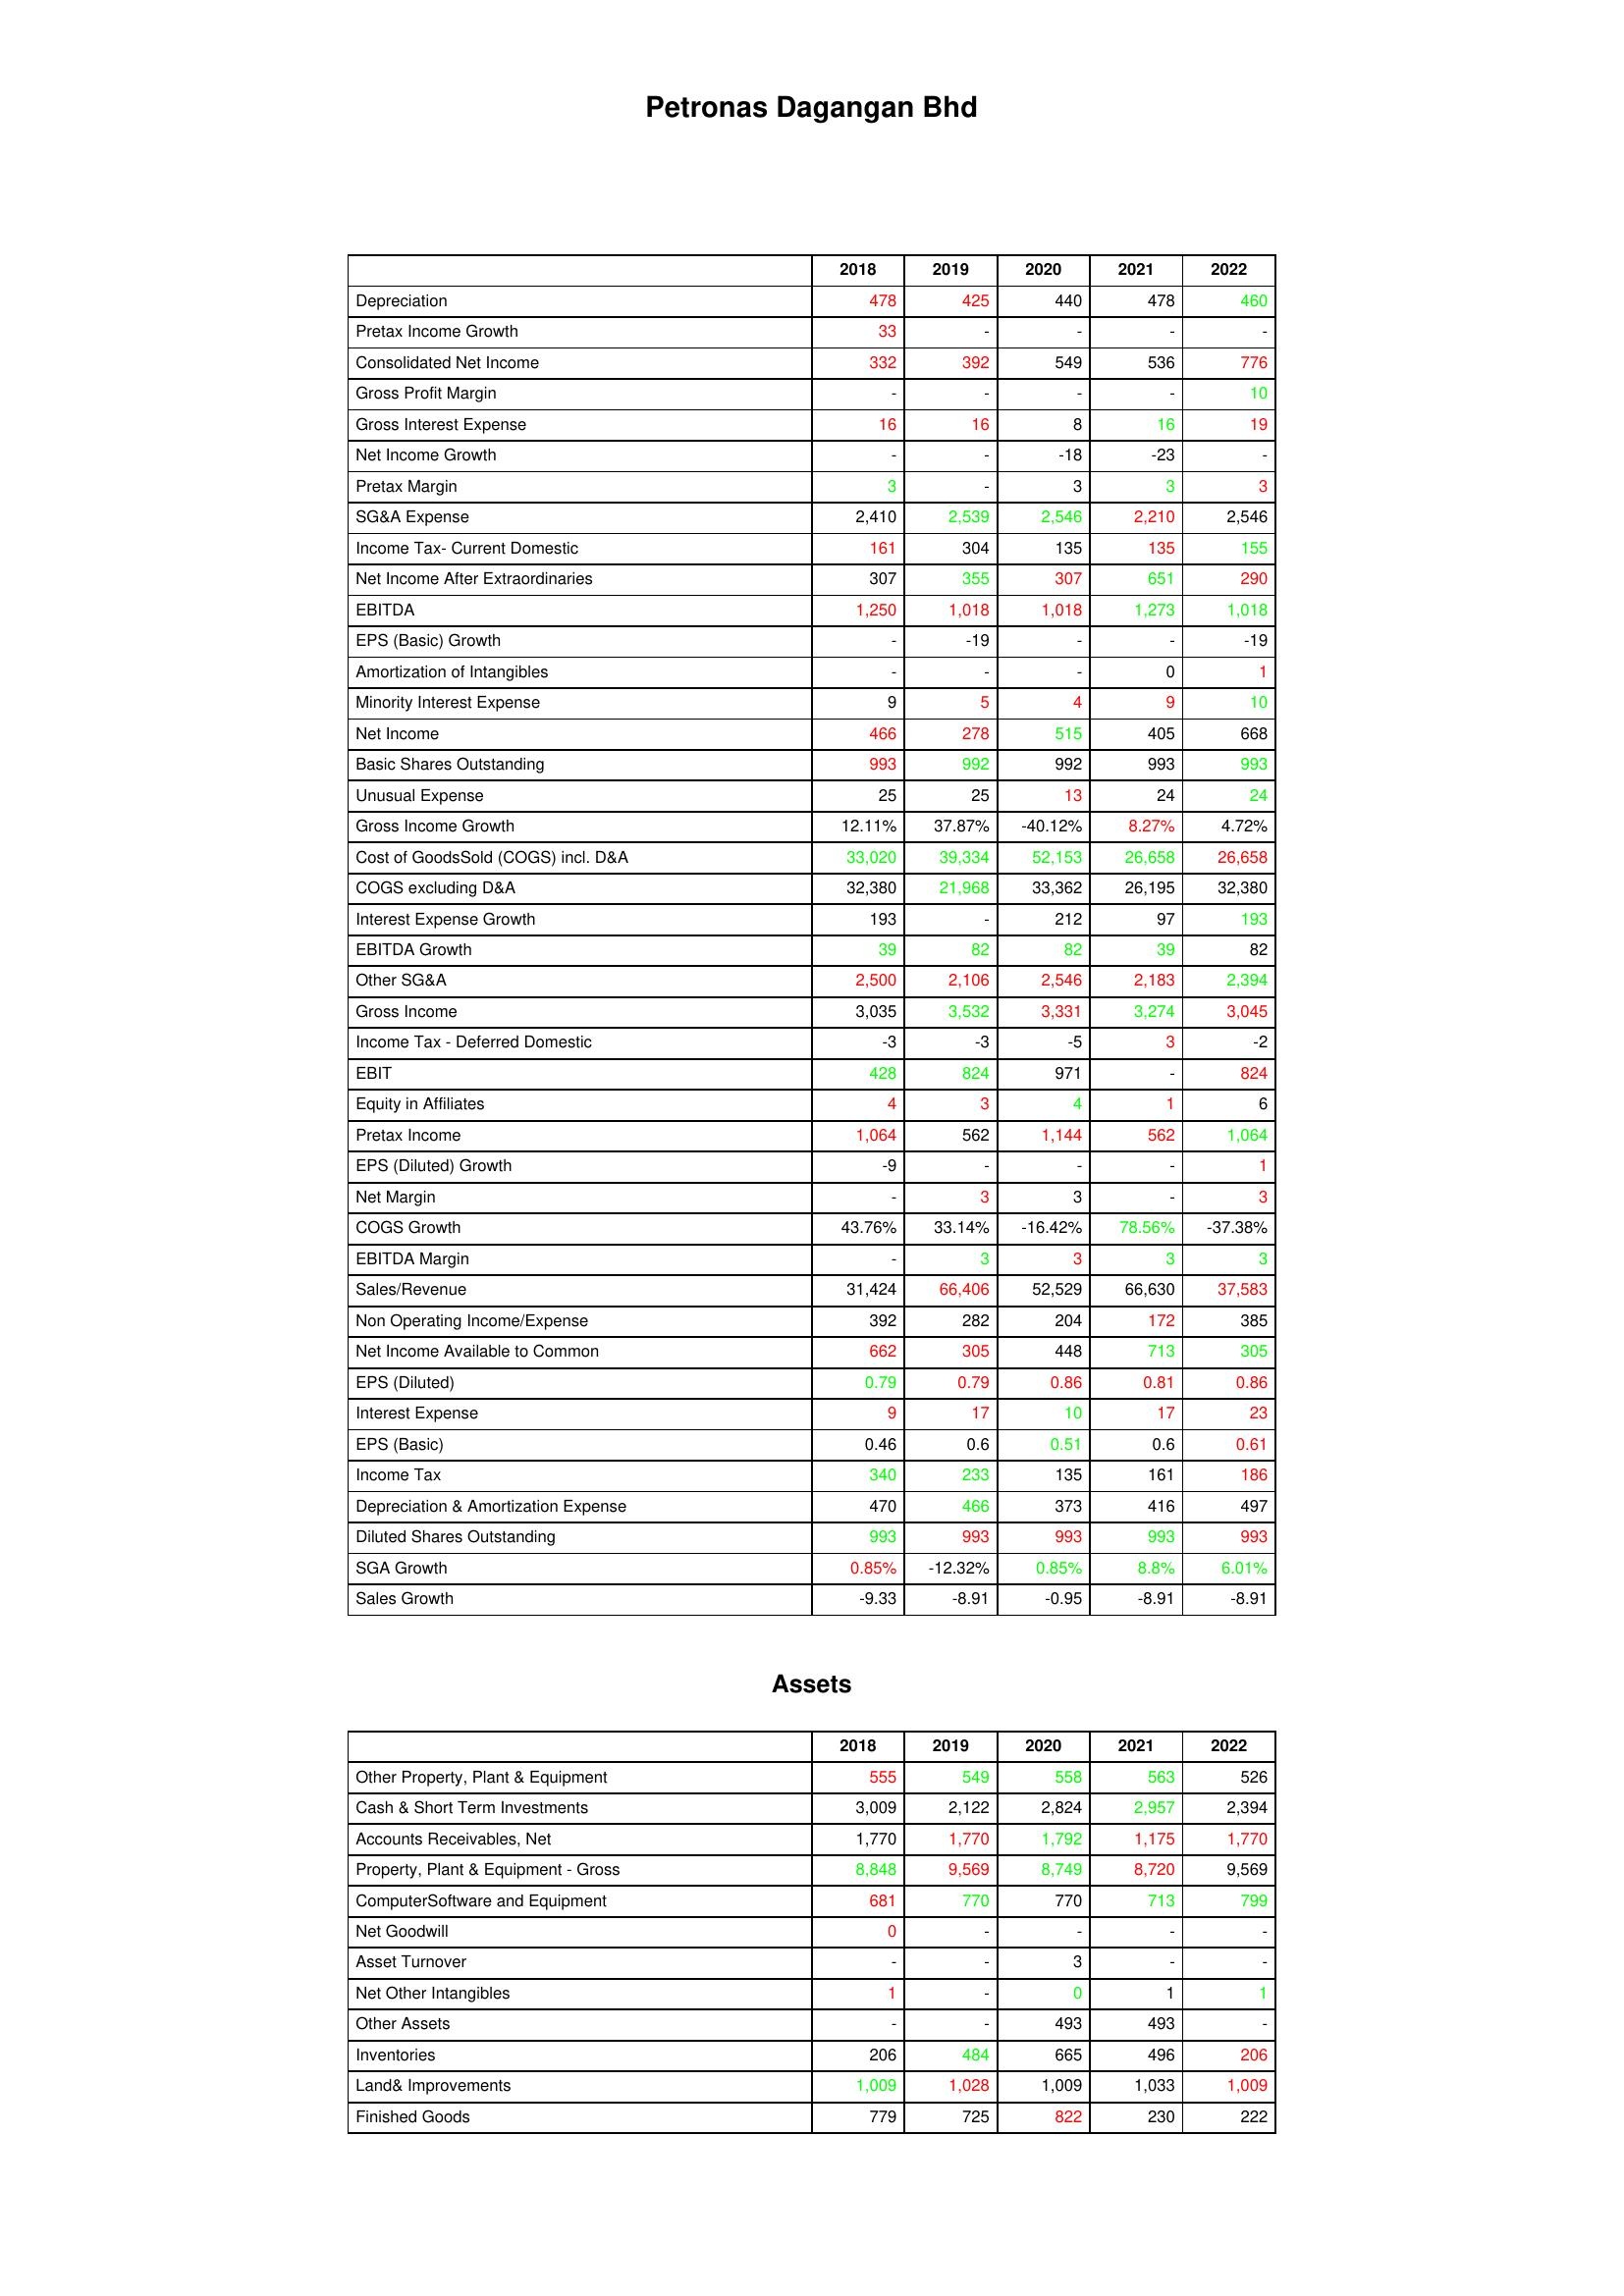
gt_parse: 2018: : Depreciation: 478
Pretax Income Growth: 33
Consolidated Net Income: 332
Gross Profit Margin: -
Gross Interest Expense: 16
Net Income Growth: -
Pretax Margin: 3
SG&A Expense: 2,410
Income Tax- Current Domestic: 161
Net Income After Extraordinaries: 307
EBITDA: 1,250
EPS (Basic) Growth: -
Amortization of Intangibles: -
Minority Interest Expense: 9
Net Income: 466
Basic Shares Outstanding: 993
Unusual Expense: 25
Gross Income Growth: 12.11%
Cost of GoodsSold (COGS) incl. D&A: 33,020
COGS excluding D&A: 32,380
Interest Expense Growth: 193
EBITDA Growth: 39
Other SG&A: 2,500
Gross Income: 3,035
Income Tax - Deferred Domestic: -3
EBIT: 428
Equity in Affiliates: 4
Pretax Income: 1,064
EPS (Diluted) Growth: -9
Net Margin: -
COGS Growth: 43.76%
EBITDA Margin: -
Sales/Revenue: 31,424
Non Operating Income/Expense: 392
Net Income Available to Common: 662
EPS (Diluted): 0.79
Interest Expense: 9
EPS (Basic): 0.46
Income Tax: 340
Depreciation & Amortization Expense: 470
Diluted Shares Outstanding: 993
SGA Growth: 0.85%
Sales Growth: -9.33
Assets: Other Property, Plant & Equipment: 555
Cash & Short Term Investments: 3,009
Accounts Receivables, Net: 1,770
Property, Plant & Equipment - Gross : 8,848
ComputerSoftware and Equipment: 681
Net Goodwill: 0
Asset Turnover: -
Net Other Intangibles: 1
Other Assets: -
Inventories: 206
Land& Improvements: 1,009
Finished Goods: 779
2019: : Depreciation: 425
Pretax Income Growth: -
Consolidated Net Income: 392
Gross Profit Margin: -
Gross Interest Expense: 16
Net Income Growth: -
Pretax Margin: -
SG&A Expense: 2,539
Income Tax- Current Domestic: 304
Net Income After Extraordinaries: 355
EBITDA: 1,018
EPS (Basic) Growth: -19
Amortization of Intangibles: -
Minority Interest Expense: 5
Net Income: 278
Basic Shares Outstanding: 992
Unusual Expense: 25
Gross Income Growth: 37.87%
Cost of GoodsSold (COGS) incl. D&A: 39,334
COGS excluding D&A: 21,968
Interest Expense Growth: -
EBITDA Growth: 82
Other SG&A: 2,106
Gross Income: 3,532
Income Tax - Deferred Domestic: -3
EBIT: 824
Equity in Affiliates: 3
Pretax Income: 562
EPS (Diluted) Growth: -
Net Margin: 3
COGS Growth: 33.14%
EBITDA Margin: 3
Sales/Revenue: 66,406
Non Operating Income/Expense: 282
Net Income Available to Common: 305
EPS (Diluted): 0.79
Interest Expense: 17
EPS (Basic): 0.6
Income Tax: 233
Depreciation & Amortization Expense: 466
Diluted Shares Outstanding: 993
SGA Growth: -12.32%
Sales Growth: -8.91
Assets: Other Property, Plant & Equipment: 549
Cash & Short Term Investments: 2,122
Accounts Receivables, Net: 1,770
Property, Plant & Equipment - Gross : 9,569
ComputerSoftware and Equipment: 770
Net Goodwill: -
Asset Turnover: -
Net Other Intangibles: -
Other Assets: -
Inventories: 484
Land& Improvements: 1,028
Finished Goods: 725
2020: : Depreciation: 440
Pretax Income Growth: -
Consolidated Net Income: 549
Gross Profit Margin: -
Gross Interest Expense: 8
Net Income Growth: -18
Pretax Margin: 3
SG&A Expense: 2,546
Income Tax- Current Domestic: 135
Net Income After Extraordinaries: 307
EBITDA: 1,018
EPS (Basic) Growth: -
Amortization of Intangibles: -
Minority Interest Expense: 4
Net Income: 515
Basic Shares Outstanding: 992
Unusual Expense: 13
Gross Income Growth: -40.12%
Cost of GoodsSold (COGS) incl. D&A: 52,153
COGS excluding D&A: 33,362
Interest Expense Growth: 212
EBITDA Growth: 82
Other SG&A: 2,546
Gross Income: 3,331
Income Tax - Deferred Domestic: -5
EBIT: 971
Equity in Affiliates: 4
Pretax Income: 1,144
EPS (Diluted) Growth: -
Net Margin: 3
COGS Growth: -16.42%
EBITDA Margin: 3
Sales/Revenue: 52,529
Non Operating Income/Expense: 204
Net Income Available to Common: 448
EPS (Diluted): 0.86
Interest Expense: 10
EPS (Basic): 0.51
Income Tax: 135
Depreciation & Amortization Expense: 373
Diluted Shares Outstanding: 993
SGA Growth: 0.85%
Sales Growth: -0.95
Assets: Other Property, Plant & Equipment: 558
Cash & Short Term Investments: 2,824
Accounts Receivables, Net: 1,792
Property, Plant & Equipment - Gross : 8,749
ComputerSoftware and Equipment: 770
Net Goodwill: -
Asset Turnover: 3
Net Other Intangibles: 0
Other Assets: 493
Inventories: 665
Land& Improvements: 1,009
Finished Goods: 822
2021: : Depreciation: 478
Pretax Income Growth: -
Consolidated Net Income: 536
Gross Profit Margin: -
Gross Interest Expense: 16
Net Income Growth: -23
Pretax Margin: 3
SG&A Expense: 2,210
Income Tax- Current Domestic: 135
Net Income After Extraordinaries: 651
EBITDA: 1,273
EPS (Basic) Growth: -
Amortization of Intangibles: 0
Minority Interest Expense: 9
Net Income: 405
Basic Shares Outstanding: 993
Unusual Expense: 24
Gross Income Growth: 8.27%
Cost of GoodsSold (COGS) incl. D&A: 26,658
COGS excluding D&A: 26,195
Interest Expense Growth: 97
EBITDA Growth: 39
Other SG&A: 2,183
Gross Income: 3,274
Income Tax - Deferred Domestic: 3
EBIT: -
Equity in Affiliates: 1
Pretax Income: 562
EPS (Diluted) Growth: -
Net Margin: -
COGS Growth: 78.56%
EBITDA Margin: 3
Sales/Revenue: 66,630
Non Operating Income/Expense: 172
Net Income Available to Common: 713
EPS (Diluted): 0.81
Interest Expense: 17
EPS (Basic): 0.6
Income Tax: 161
Depreciation & Amortization Expense: 416
Diluted Shares Outstanding: 993
SGA Growth: 8.8%
Sales Growth: -8.91
Assets: Other Property, Plant & Equipment: 563
Cash & Short Term Investments: 2,957
Accounts Receivables, Net: 1,175
Property, Plant & Equipment - Gross : 8,720
ComputerSoftware and Equipment: 713
Net Goodwill: -
Asset Turnover: -
Net Other Intangibles: 1
Other Assets: 493
Inventories: 496
Land& Improvements: 1,033
Finished Goods: 230
2022: : Depreciation: 460
Pretax Income Growth: -
Consolidated Net Income: 776
Gross Profit Margin: 10
Gross Interest Expense: 19
Net Income Growth: -
Pretax Margin: 3
SG&A Expense: 2,546
Income Tax- Current Domestic: 155
Net Income After Extraordinaries: 290
EBITDA: 1,018
EPS (Basic) Growth: -19
Amortization of Intangibles: 1
Minority Interest Expense: 10
Net Income: 668
Basic Shares Outstanding: 993
Unusual Expense: 24
Gross Income Growth: 4.72%
Cost of GoodsSold (COGS) incl. D&A: 26,658
COGS excluding D&A: 32,380
Interest Expense Growth: 193
EBITDA Growth: 82
Other SG&A: 2,394
Gross Income: 3,045
Income Tax - Deferred Domestic: -2
EBIT: 824
Equity in Affiliates: 6
Pretax Income: 1,064
EPS (Diluted) Growth: 1
Net Margin: 3
COGS Growth: -37.38%
EBITDA Margin: 3
Sales/Revenue: 37,583
Non Operating Income/Expense: 385
Net Income Available to Common: 305
EPS (Diluted): 0.86
Interest Expense: 23
EPS (Basic): 0.61
Income Tax: 186
Depreciation & Amortization Expense: 497
Diluted Shares Outstanding: 993
SGA Growth: 6.01%
Sales Growth: -8.91
Assets: Other Property, Plant & Equipment: 526
Cash & Short Term Investments: 2,394
Accounts Receivables, Net: 1,770
Property, Plant & Equipment - Gross : 9,569
ComputerSoftware and Equipment: 799
Net Goodwill: -
Asset Turnover: -
Net Other Intangibles: 1
Other Assets: -
Inventories: 206
Land& Improvements: 1,009
Finished Goods: 222